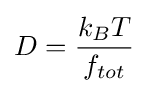
D={\frac {k_{B}T}{f_{tot}}}